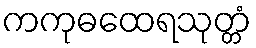
ကကုဓထေရသုတ္တံ